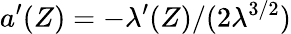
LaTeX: {a}^{\prime}(Z)=-{\lambda^{\prime}(Z)}/{(2\lambda^{3/2})}